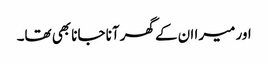
اور میرا ان کے گھر آنا جانا بھی تھا۔